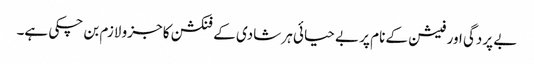
بے پردگی اور فیشن کے نام پر بے حیائی ہر شادی کے فنکشن کا جزو لازم بن چکی ہے۔